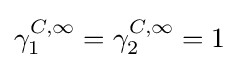
\gamma _{1}^{C,\infty }=\gamma _{2}^{C,\infty }=1